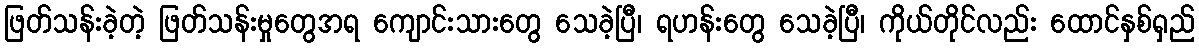
ဖြတ်သန်းခဲ့တဲ့ ဖြတ်သန်းမှုတွေအရ ကျောင်းသားတွေ သေခဲ့ပြီ၊ ရဟန်းတွေ သေခဲ့ပြီ၊ ကိုယ်တိုင်လည်း ထောင်နှစ်ရှည်